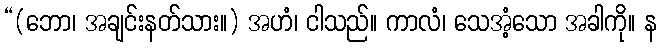
“(ဘော၊ အချင်းနတ်သား။) အဟံ၊ ငါသည်။ ကာလံ၊ သေအံ့သော အခါကို။ န